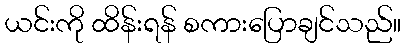
ယင်းကို ထိန်းရန် စကားပြောချင်သည်။